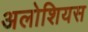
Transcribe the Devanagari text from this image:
अलोशियस